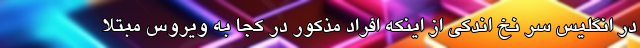
در انگلیس سر نخ اندکی از اینکه افراد مذکور در کجا به ویروس مبتلا